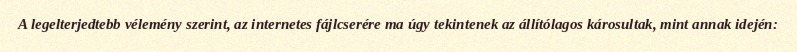
A legelterjedtebb vélemény szerint, az internetes fájlcserére ma úgy tekintenek az állítólagos károsultak, mint annak idején: